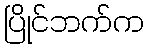
ပြိုင်ဘက်က